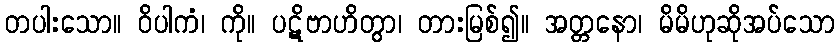
တပါးသော။ ဝိပါကံ၊ ကို။ ပဋိဗာဟိတွာ၊ တားမြစ်၍။ အတ္တနော၊ မိမိဟုဆိုအပ်သော